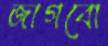
জাগবো